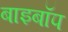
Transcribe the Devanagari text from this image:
बाइबॉप